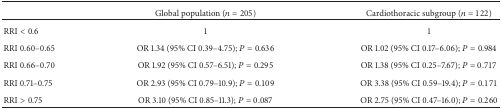
<table><thead><tr><td><b> </b></td><td><b>Global population (<i>n</i> = 205)</b></td><td><b>Cardiothoracic subgroup (<i>n</i> = 122)</b></td></tr></thead><tbody><tr><td>RRI &lt; 0.6</td><td>1</td><td>1</td></tr><tr><td>RRI 0.60–0.65</td><td>OR 1.34 (95% CI 0.39–4.75); <i>P</i> = 0.636</td><td>OR 1.02 (95% CI 0.17–6.06); <i>P</i> = 0.984</td></tr><tr><td>RRI 0.66–0.70</td><td>OR 1.92 (95% CI 0.57–6.51); <i>P</i> = 0.295</td><td>OR 1.38 (95% CI 0.25–7.67); <i>P</i> = 0.717</td></tr><tr><td>RRI 0.71–0.75</td><td>OR 2.93 (95% CI 0.79–10.9); <i>P</i> = 0.109</td><td>OR 3.38 (95% CI 0.59–19.4); <i>P</i> = 0.171</td></tr><tr><td>RRI &gt; 0.75</td><td>OR 3.10 (95% CI 0.85–11.3); <i>P</i> = 0.087</td><td>OR 2.75 (95% CI 0.47–16.0); <i>P</i> = 0.260</td></tr></tbody></table>